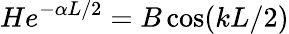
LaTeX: He^{-\alpha L/2}=B\cos(kL/2)